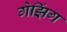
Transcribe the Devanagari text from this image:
गेझिंग